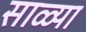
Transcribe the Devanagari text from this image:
साळ्या